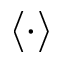
\langle \cdot \rangle